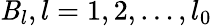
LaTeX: \mathit{B}_{l},l=1,2,\ldots,l_{0}